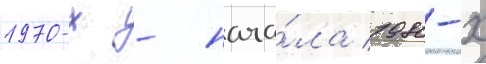
1970-х - нача́ла 1980-х